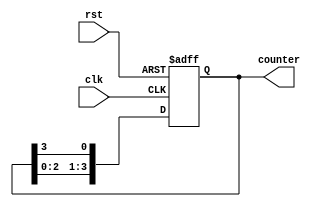
module ring_counter #(
    parameter N = 4  // Number of stages in the ring counter
)(
    input wire clk,    // Clock signal
    input wire rst,    // Reset signal
    output reg [N-1:0] counter  // Output of the ring counter
);

    // Initial state for the counter
    initial begin
        counter = 1'b1; // Start with the first flip-flop set to 1
    end

    // State transition on clock's rising edge
    always @(posedge clk or posedge rst) begin
        if (rst) begin
            counter <= 1'b1; // Reset to the initial state
        end else begin
            // Circular shift to the right
            counter <= {counter[N-2:0], counter[N-1]};
        end
    end

endmodule